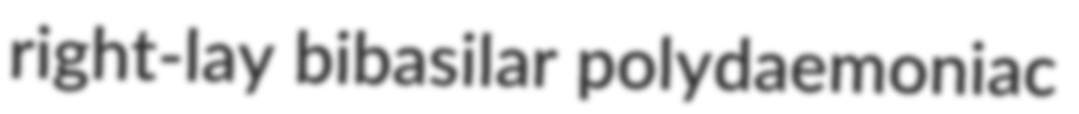
right-lay bibasilar polydaemoniac